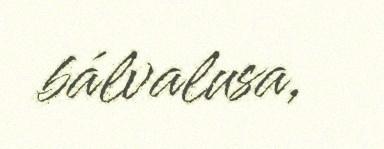
bálvalusa,